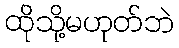
ထိုသို့မဟုတ်ဘဲ